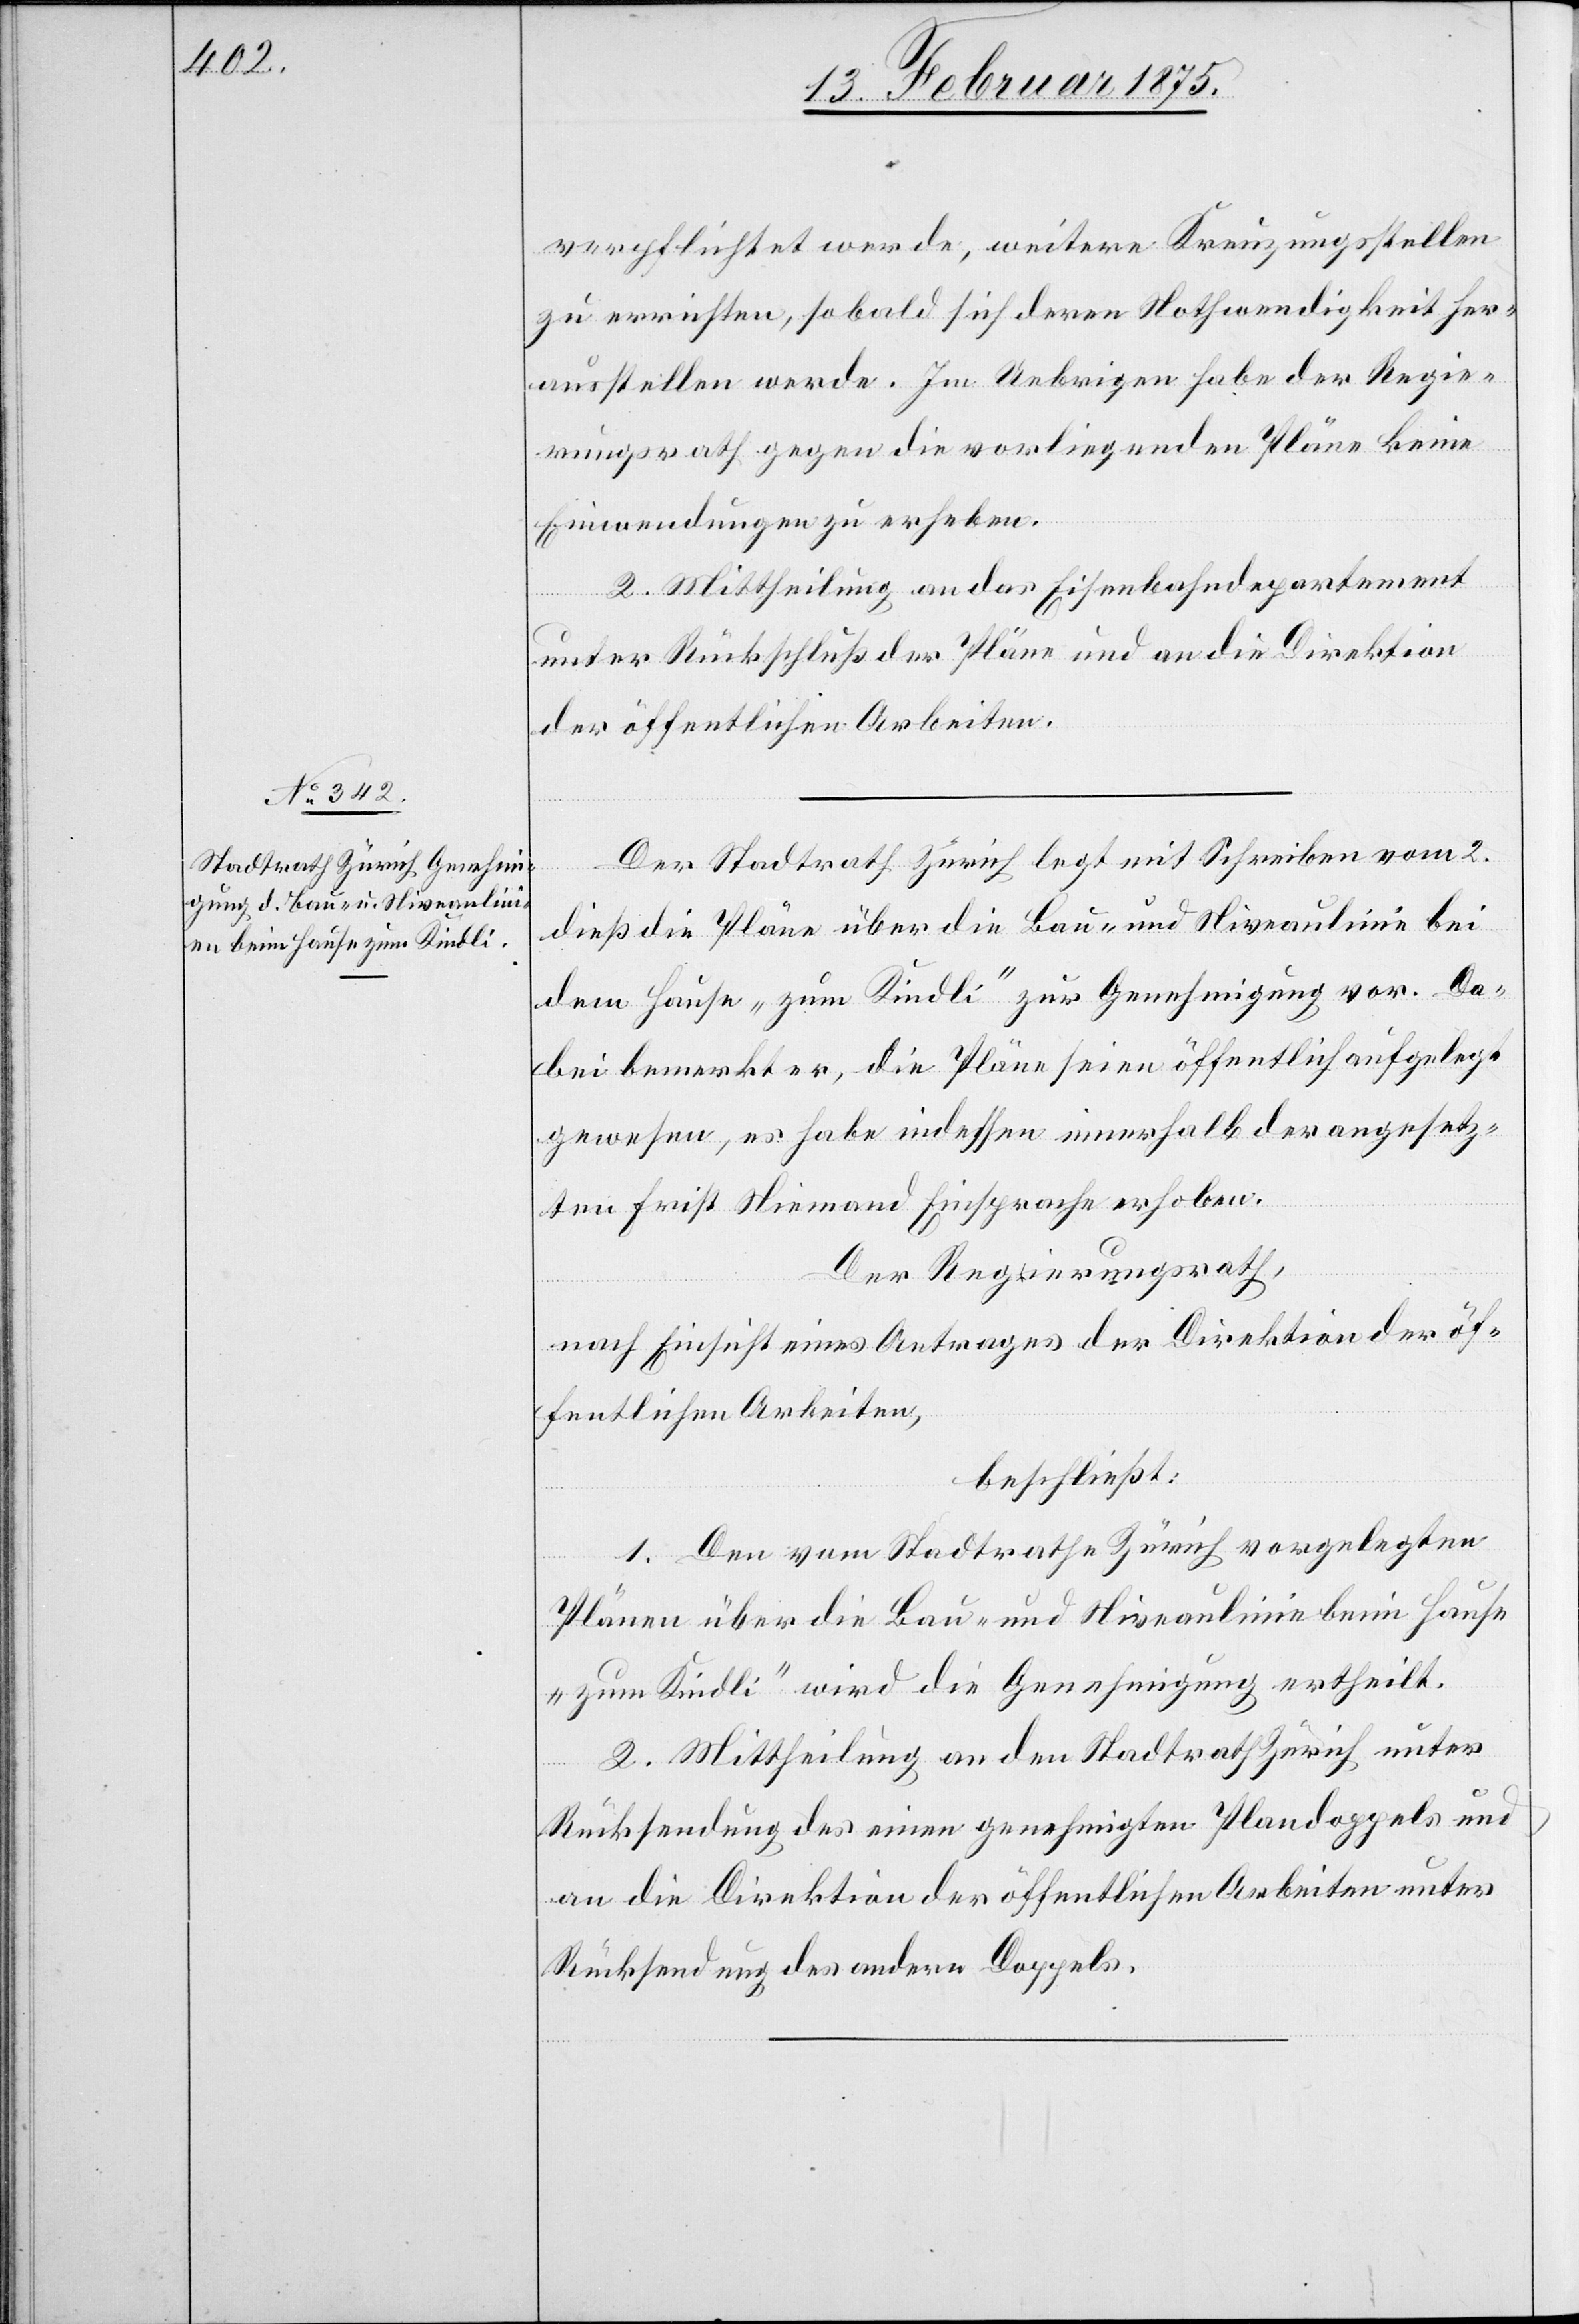
verpflichtet werde, weitere Kreuzungsstellen
zu errichten, sobald sich deren Nothwendigkeit her¬
ausstellen werde. Im Uebrigen habe der Regie¬
rungsrath gegen die vorliegenden Pläne keine
Einwendungen zu erheben.
2. Mittheilung an das Eisenbahndepartement
unter Rückschluß der Pläne und an die Direktion
der öffentlichen Arbeiten.
Der Stadtrath Zürich legt mit Schreiben vom 2.
dieß die Pläne über die Bau- und Niveaulinien bei
dem Hause „zum Kindli“ zur Genehmigung vor. Da¬
bei bemerkt er, die Pläne seien öffentlich aufgelegt
gewesen, es habe indessen innerhalb der angesetz¬
ten Frist Niemand Einsprache erhoben.
Der Regierungsrath,
nach Einsicht eines Antrages der Direktion der öf¬
fentlichen Arbeiten,
beschließt:
1. Den vom Stadtrathe Zürich vorgelegten
Plänen über die Bau- und Niveaulinie beim Hause
„zum Kindli“ wird die Genehmigung ertheilt.
2. Mittheilung an den Stadtrath Zürich unter
Rücksendung des einen genehmigten Plandoppels und
an die Direktion der öffentlichen Arbeiten unter
Rücksendung des andern Doppels.